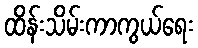
ထိန်းသိမ်းကာကွယ်ရေး